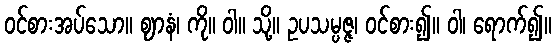
ဝင်စားအပ်သော။ ဈာနံ၊ ကို။ ဝါ။ သို့။ ဥပသမ္ပဇ္ဇ၊ ဝင်စား၍။ ဝါ၊ ရောက်၍။